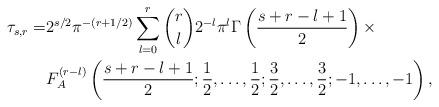
LaTeX: \begin{align*}\tau_{s,r}=&2^{s/2}\pi^{-(r+1/2)}\sum_{\substack{l=0\\}}^r\binom{r}{l} 2^{-l}\pi^l\Gamma\left(\frac{s+r-l+1}{2}\right)\times\\&F_A^{(r-l)}\left(\frac{s+r-l+1}{2};\frac{1}{2},\ldots,\frac{1}{2};\frac{3}{2},\ldots,\frac{3}{2};-1,\ldots,-1\right),\end{align*}